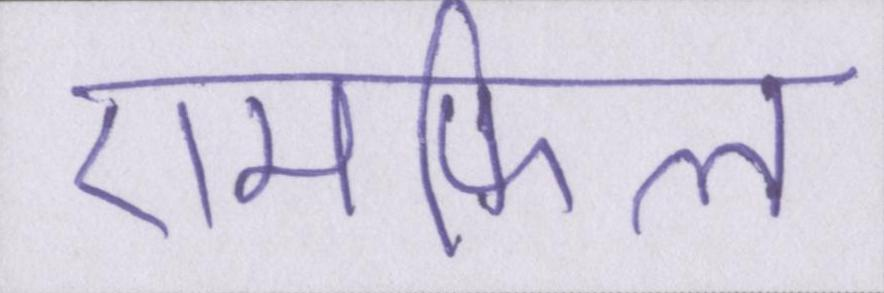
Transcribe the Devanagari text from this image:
एमफिल